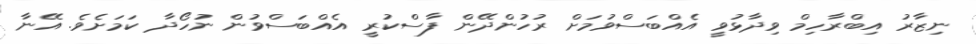
ނިޒާރު އިބްރާހިމް ވިދާޅުވީ އެއްބަސްވުމަށް ރުހުންދޭން ފާސްކުރީ އެއްބަސްވުން ނުހޯދާ ކަމަށެވެ. އޭނާ